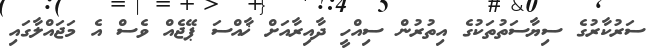
ސަރުކާރުގެ ސިޔާސަތުތަކުގެ އިތުރުން ސިއްހީ ދާއިރާއަށް ޚާއްސަ ޕޭޖެއް ވެސް އެ މަޖައްލާގައި